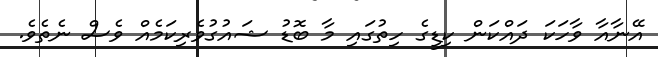
އޭނާއާ ވާހަކަ ދައްކަން ކިޑީގެ ހިތުގައި މާ ބޮޑު ޝައުގުވެރިކަމެއް ވެސް ނެތެވެ.